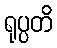
ရုပ္ပတိ